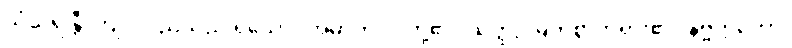
သံသရန္တီ၊ ကျင်လည်သည် ရှိသော်။ အမှာကံ၊ ငါတို့၏။ သတ္ထု၊ မြတ်စွာဘုရား၏။ နိဗ္ဗတ္တိတော၊